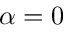
\alpha = 0